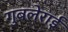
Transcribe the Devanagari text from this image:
गुबलेराई